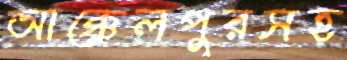
আক্কেলপুরসহ